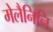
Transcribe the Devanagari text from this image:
मेलैनिनि